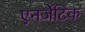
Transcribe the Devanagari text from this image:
एनर्जेटिक